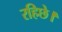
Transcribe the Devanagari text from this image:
रहिछे।